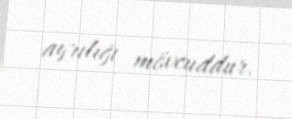
ayrılığı mövcuddur.